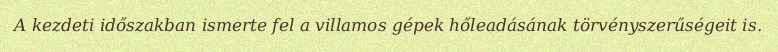
A kezdeti időszakban ismerte fel a villamos gépek hőleadásának törvényszerűségeit is.